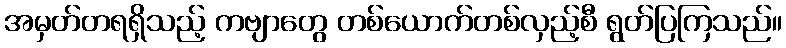
အမှတ်တရရှိသည့် ကဗျာတွေ တစ်ယောက်တစ်လှည့်စီ ရွတ်ပြကြသည်။